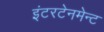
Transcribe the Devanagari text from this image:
इंटरटेनमेन्ट